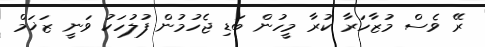
ރޭ ވެސް މުޒާހަރާ ކުރާ މީހުން ބަޑި ޖެހުމުން ފުލުހަކު ވަނީ ޒަޚަމް